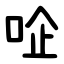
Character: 㖉